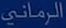
الرمانى